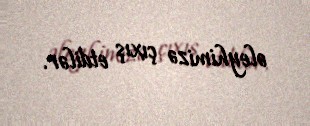
əleyhimizə çıxış etdilər.